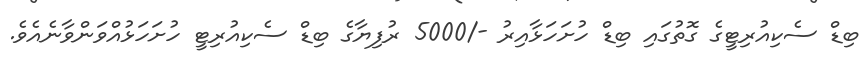
ބިޑް ސެކިއުރިޓީގެ ގޮތުގައި ބިޑް ހުށަހަޅާއިރު -/5000 ރުފިޔާގެ ބިޑް ސެކިއުރިޓީ ހުށަހަޅުއްވަންވާނެއެވެ.